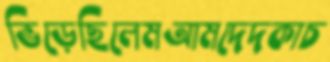
ভিড়েছিলেমআমদেদকাচ